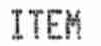
ITEM